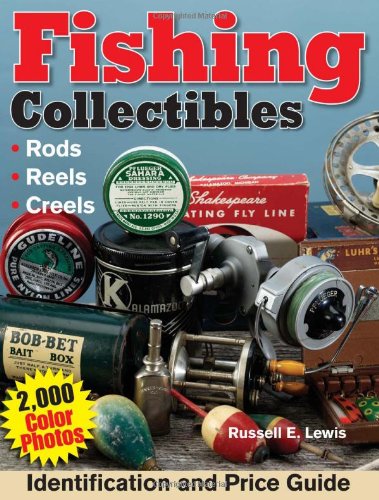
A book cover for Fishing Collectibles: Identification & Price Guide; Russell Lewis; Crafts, Hobbies & Home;